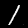
Label: 1